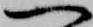
一